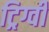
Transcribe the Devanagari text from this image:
ट्रिग्वी